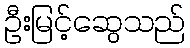
ဦးမြင့်ဆွေသည်